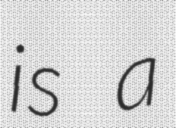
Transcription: is a